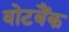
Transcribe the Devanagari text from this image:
वोटबैंक